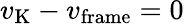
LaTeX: v_{\mathrm{K}}-v_{\mathrm{frame}}=0